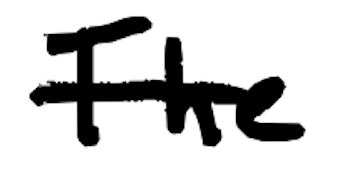
Text: The
Cross-out: single-line
Writing tool: digital_black